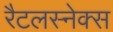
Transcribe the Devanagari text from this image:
रैटलस्नेक्स